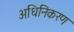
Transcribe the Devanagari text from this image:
अधिनिकरण